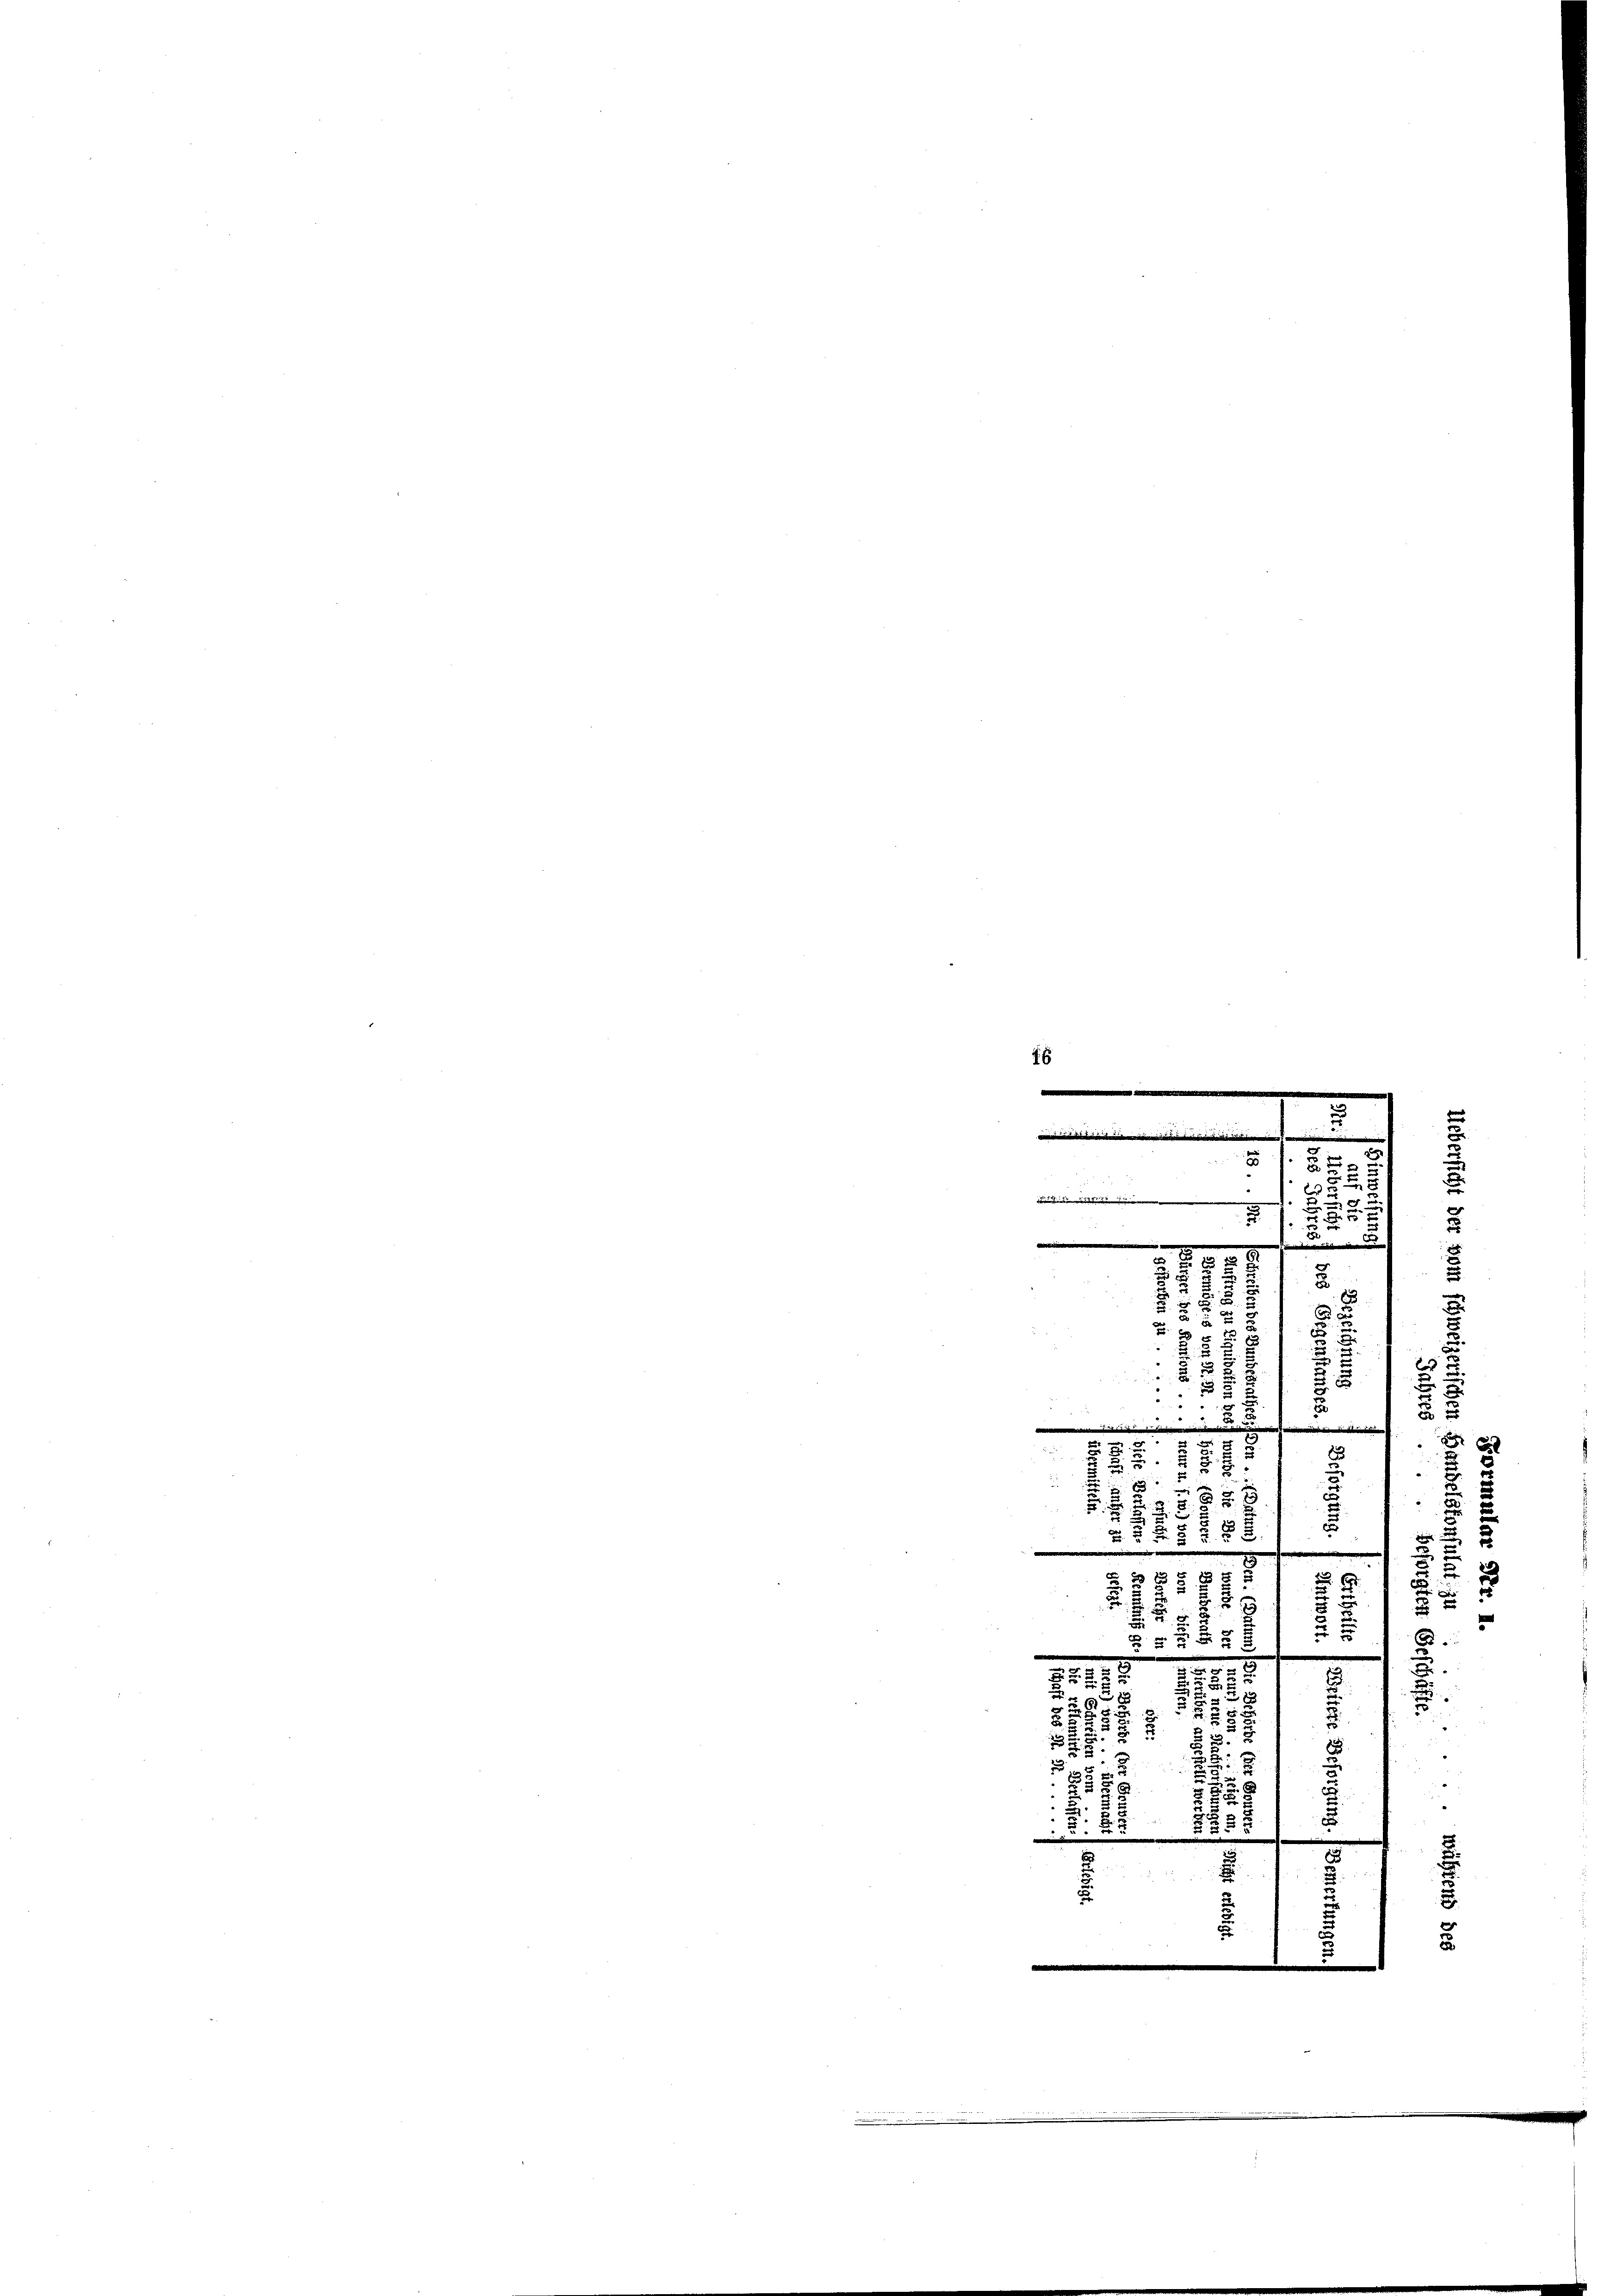
16
e
e
.
.
und
u
.
.

5 x

e
e

15 90
i Kinden seine
)
i

b
 12

2

 3
n
.
d

.
d

1875
1

3
 x
2
f 5 x
.
e
2
 x
C
u
.
d
.
.

5 x

.
e

e
5.25.

u
r
5
8
u
25
2
x
5

u
x

2

.
x
s

u
x
e
 x
u
2

2254

2
2

.

.
u
“
2
x
8

3

.